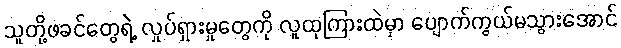
သူတို့ဖခင်တွေရဲ့ လှုပ်ရှားမှုတွေကို လူထုကြားထဲမှာ ပျောက်ကွယ်မသွားအောင်